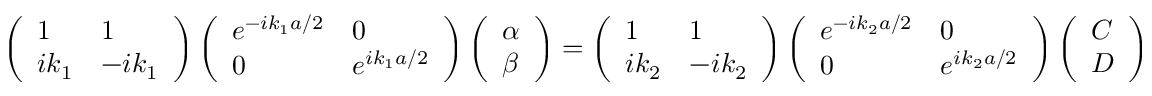
\left( \begin{array} { l l } { 1 } & { 1 } \\ { i k _ { 1 } } & { - i k _ { 1 } } \end{array} \right) \left( \begin{array} { l l } { e ^ { - i k _ { 1 } a / 2 } } & { 0 } \\ { 0 } & { e ^ { i k _ { 1 } a / 2 } } \end{array} \right) \left( \begin{array} { l } { \alpha } \\ { \beta } \end{array} \right) = \left( \begin{array} { l l } { 1 } & { 1 } \\ { i k _ { 2 } } & { - i k _ { 2 } } \end{array} \right) \left( \begin{array} { l l } { e ^ { - i k _ { 2 } a / 2 } } & { 0 } \\ { 0 } & { e ^ { i k _ { 2 } a / 2 } } \end{array} \right) \left( \begin{array} { l } { C } \\ { D } \end{array} \right)